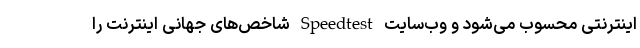
اینترنتی محسوب می‌شود و وب‌سایت Speedtest شاخص‌های جهانی اینترنت را